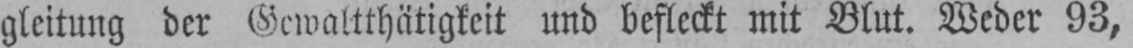
gleitung der Gewaltthätigkeit und befleckt mit Blut. Weder 93,